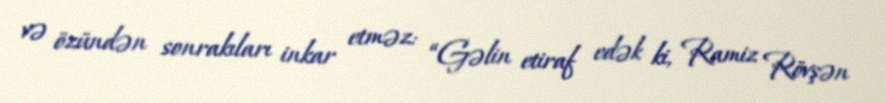
və özündən sonrakıları inkar etməz: “Gəlin etiraf edək ki, Ramiz Rövşən